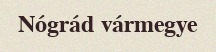
Nógrád vármegye